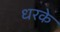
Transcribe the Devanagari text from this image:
धरके